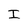
Character: I